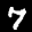
Label: 7